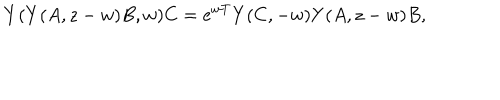
Y ( Y ( A , z - w ) B , w ) C = e ^ { w T } Y ( C , - w ) Y ( A , z - w ) B ,